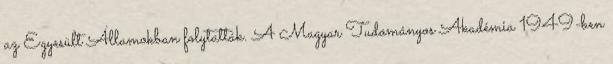
az Egyesült Államokban folytatták. A Magyar Tudományos Akadémia 1949-ben